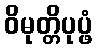
ဝိမုတ္တိပုပ္ဖံ